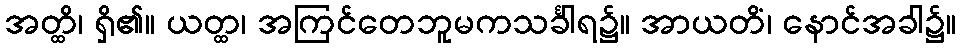
အတ္ထိ၊ ရှိ၏။ ယတ္ထ၊ အကြင်တေဘူမကသင်္ခါရ၌။ အာယတိံ၊ နောင်အခါ၌။